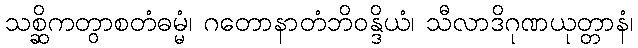
သစ္ဆိကတွာစတံဓမ္မံ၊ ဂတောနာတံဘိဝန္ဒိယံ၊ သီလာဒိဂုဏယုတ္တာနံ၊